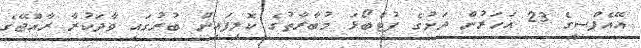
އޭއެފްސީގެ 23 އަހަރުން ދަށުގެ ފުޓްބޯޅަ މުބާރާތުގެ ކޮލިފައިން ބުރުގައި ވާދަކުރާ ރާއްޖޭގެ